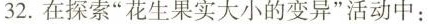
32.在探索”花生果实大小的变异”活动中：